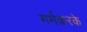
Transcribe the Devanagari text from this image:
गर्मकरके